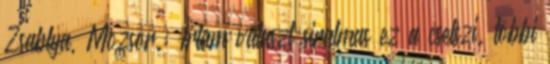
Zsablya, Mozsor.: Írtam választ siralmas ez a cselszi. többi